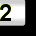
Digit: 2